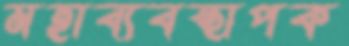
মহাব্যবস্থাপক